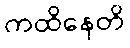
ကထိနေတိ